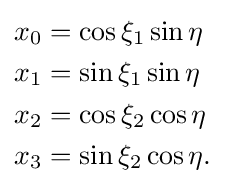
{\begin{aligned}x_{0}&=\cos \xi _{1}\sin \eta \\x_{1}&=\sin \xi _{1}\sin \eta \\x_{2}&=\cos \xi _{2}\cos \eta \\x_{3}&=\sin \xi _{2}\cos \eta .\end{aligned}}